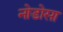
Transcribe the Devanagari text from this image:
नोडोसा